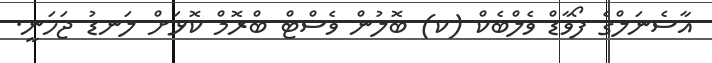
އާސެނަލްގެ ފޯވާޑް ވެލްބެކް (ކ) ބޮލުން ވެސްޓް ބްރޮމް ކޮޅަށް ލަނޑު ޖަހަނީ.